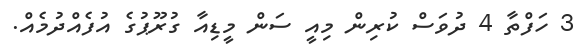
3 ހަފްތާ 4 ދުވަސް ކުރިން މިއީ ސަން މީޑިއާ ގުރޫޕުގެ އުފެއްދުމެއް.